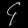
Digit: ၄